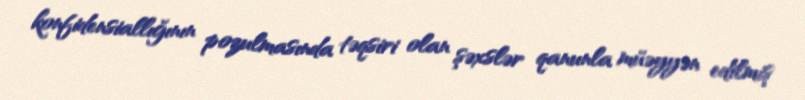
konfidensiallığının pozulmasında təqsiri olan şəxslər qanunla müəyyən edilmiş